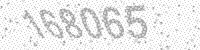
Solution: 168065